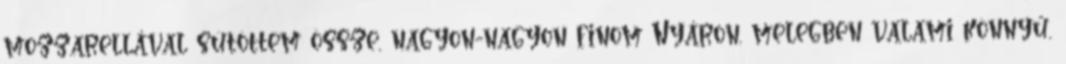
mozzarellával sütöttem össze, nagyon-nagyon finom Nyáron, melegben valami könnyű,